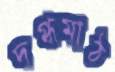
দগ্ধমাঠ